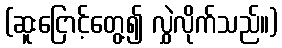
(ဆူးငြောင့်တွေ့၍ လွှဲလိုက်သည်။)